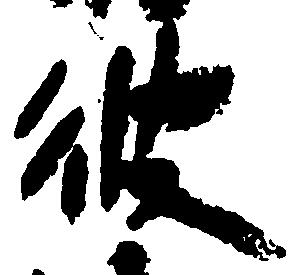
彼